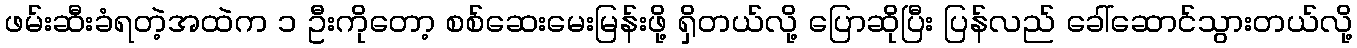
ဖမ်းဆီးခံရတဲ့အထဲက ၁ ဦးကိုတော့ စစ်ဆေးမေးမြန်းဖို့ ရှိတယ်လို့ ပြောဆိုပြီး ပြန်လည် ခေါ်ဆောင်သွားတယ်လို့